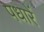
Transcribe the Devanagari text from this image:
पधारें